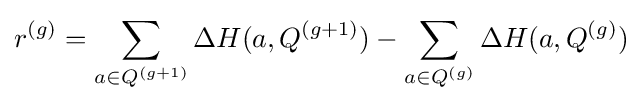
r^{(g)}=\sum _{a\in Q^{(g+1)}}\Delta {H}(a,Q^{(g+1)})-\sum _{a\in Q^{(g)}}\Delta {H}(a,Q^{(g)})